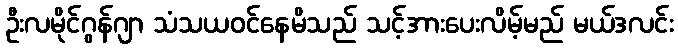
ဦးလမိုင်ဂွန်ဂျာ သံသယဝင်နေမိသည် သင့်အားပေးလိမ့်မည် မယ်ဒလင်း